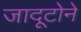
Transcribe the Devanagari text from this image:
जादूटोने